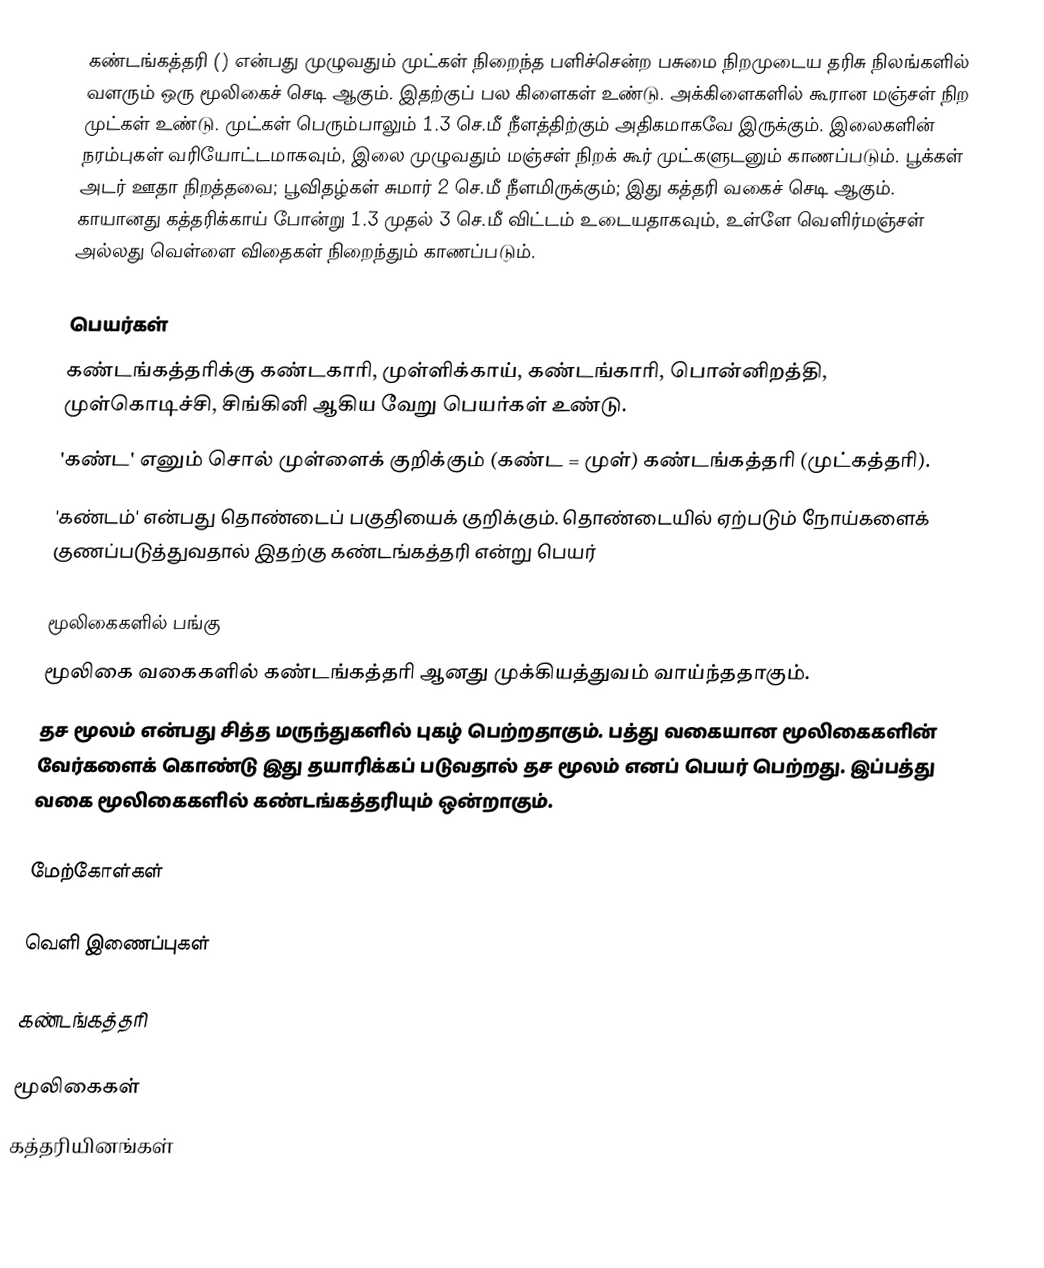
கண்டங்கத்தரி () என்பது முழுவதும் முட்கள் நிறைந்த பளிச்சென்ற பசுமை நிறமுடைய தரிசு நிலங்களில் வளரும் ஒரு மூலிகைச் செடி ஆகும்.  இதற்குப் பல கிளைகள் உண்டு. அக்கிளைகளில் கூரான மஞ்சள் நிற முட்கள் உண்டு. முட்கள் பெரும்பாலும் 1.3 செ.மீ நீளத்திற்கும் அதிகமாகவே இருக்கும். இலைகளின் நரம்புகள் வரியோட்டமாகவும், இலை முழுவதும் மஞ்சள் நிறக் கூர் முட்களுடனும் காணப்படும். பூக்கள் அடர் ஊதா நிறத்தவை; பூவிதழ்கள் சுமார் 2 செ.மீ நீளமிருக்கும்; இது கத்தரி வகைச் செடி ஆகும். காயானது கத்தரிக்காய் போன்று 1.3 முதல் 3 செ.மீ விட்டம் உடையதாகவும், உள்ளே வெளிர்மஞ்சள் அல்லது வெள்ளை விதைகள் நிறைந்தும் காணப்படும்.

பெயர்கள்
கண்டங்கத்தரிக்கு கண்டகாரி, முள்ளிக்காய், கண்டங்காரி, பொன்னிறத்தி, முள்கொடிச்சி, சிங்கினி ஆகிய வேறு பெயர்கள் உண்டு.
'கண்ட'  எனும் சொல்  முள்ளைக் குறிக்கும்  (கண்ட = முள்)  கண்டங்கத்தரி (முட்கத்தரி).
'கண்டம்' என்பது தொண்டைப் பகுதியைக் குறிக்கும். தொண்டையில் ஏற்படும் நோய்களைக் குணப்படுத்துவதால் இதற்கு கண்டங்கத்தரி என்று பெயர்

மூலிகைகளில் பங்கு
மூலிகை வகைகளில் கண்டங்கத்தரி ஆனது முக்கியத்துவம் வாய்ந்ததாகும்.
தச மூலம் என்பது சித்த மருந்துகளில் புகழ் பெற்றதாகும். பத்து வகையான மூலிகைகளின் வேர்களைக் கொண்டு இது தயாரிக்கப் படுவதால் தச மூலம் எனப் பெயர் பெற்றது. இப்பத்து வகை மூலிகைகளில் கண்டங்கத்தரியும் ஒன்றாகும்.

மேற்கோள்கள்

வெளி இணைப்புகள்

 கண்டங்கத்தரி

மூலிகைகள்
கத்தரியினங்கள்